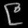
Digit: ၉